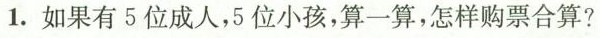
1.如果有5位成人，5位小孩，算一算，怎样购票合算？